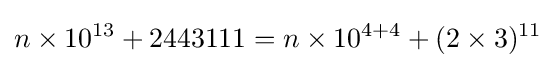
n\times 10^{13}+2443111=n\times 10^{4+4}+(2\times 3)^{11}